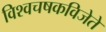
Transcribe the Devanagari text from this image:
विश्वचषकविजेते